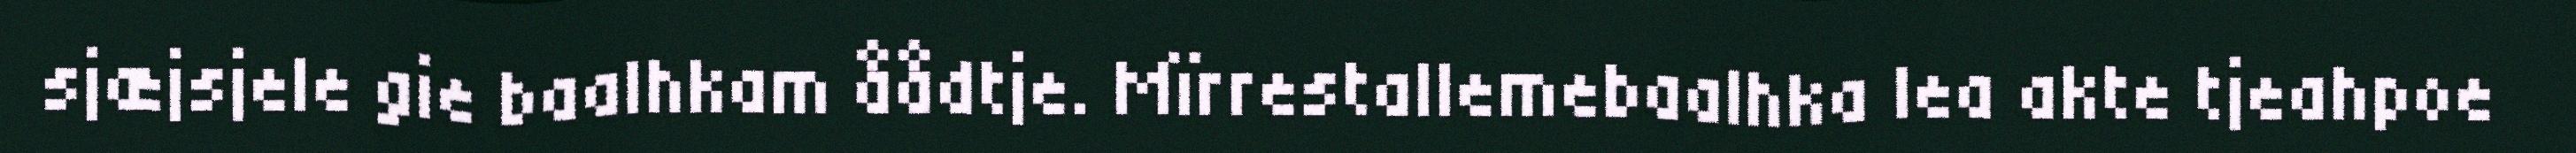
sjæjsjele gie baalhkam åådtje. Mïrrestallemebaalhka lea akte tjeahpoe